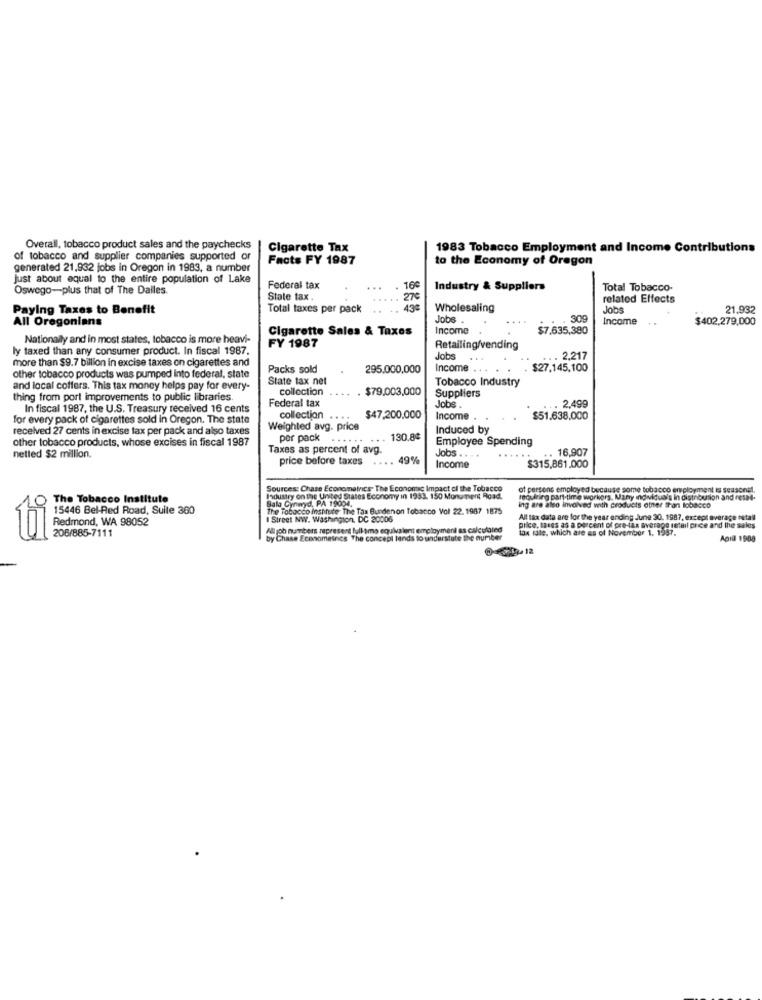
Overall, tobacco product sales and the paychecks
Cigarette Tax
1983 Tobacco Employment and Income Contributions
of tobacco and supplier companies supported or
Facts FY 1987
to the Economy of Oregon
generated 21,932 jobs in Oregon in 1983, a number
Just about equal to the entire population of Lake
Oswego-plus that of The Dalles.
Federal tax
16€
Industry & Suppliers
Total Tobacco-
State tax .
27€
related Effects
Paying Taxes to Benefit
Total taxes per pack
438
Wholesaling
Jobs
21.932
All Oregonians
Jobs .
309
Income
$402.279,000
Cigarette Sales & Taxes
Income
$7.635,380
Nationally and in most states, tobacco is more heavi-
ly taxed than any consumer product. In fiscal 1987.
FY 1987
Retailing/vending
more than $9.7 billion in excise taxes on cigarettes and
Jobs
...
. 2.21
Packs sold
295.000,000
Income . .
$27,145,100
other tobacco products was pumped Into federal, state
State tax net
Tobacco Industry
and local coffers. This tax money helps pay for every-
collection
$79,003,000
Suppliers
thing from port improvements to public libraries.
Federal tax
.. 2,49
In fiscal 1987, the U.S. Treasury received 16 cents
Jobs .
for every pack of cigarettes sold in Oregon. The state
collection .. ..
$47,200,000
Income .
$51.638,000
received 27 cents in excise tax per pack and also taxes
Weighted avg. price
Induced by
other tobacco products, whose excises in fiscal 1987
per pack
130.8¢
Employee Spending
Taxes as percent of avg.
.. 16,907
netled $2 million.
price before taxes
.... 49%
Jobs ..
......
Income
$315,861.000
Sources: Chase Econometrics. The Economic Impact ci the Tobacco
of persons employed because some tobacco employment is seasonal.
The Tobacco Institute
Industry on the United States Economy in 1933. 150 Monument Road.
wyd. PA 19004.
reculzing part-time workers. Many individuals in distribution and resae-
15446 Bel-Red Road, Suite 360
The Tobacco institute The Tax Burdenon Tobacco Vol 22. 1987 1875
ing are also involved with products other than tobacco
I Street NW. Washington, DC 20006
All tax data are for the year ending June 30. 1987, except average nitall
Redmond, WA 98052
All job numbers represent full time equivalent employment as calculated
tax rate, which are as of November 1. 1997.
price, taxes as a percent of pre-tax average retail price and the sales
206/885-7111
by Chase Econometrics The concept tends to understute the nuriber